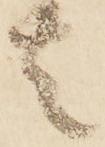
者